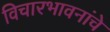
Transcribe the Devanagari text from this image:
विचारभावनांचे